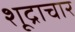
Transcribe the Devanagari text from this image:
शूद्राचार